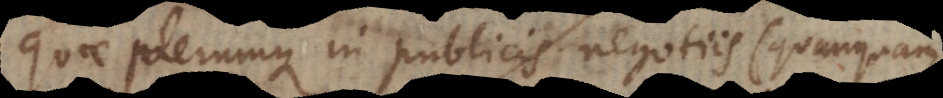
quae plerumque in publicis negotiis (quanquam